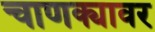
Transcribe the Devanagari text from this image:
चाणक्यावर